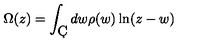
\Omega ( z ) = \int _ { \c C } d w \rho ( w ) \ln ( z - w )